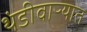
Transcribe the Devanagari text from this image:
थंडीवाऱ्यात